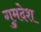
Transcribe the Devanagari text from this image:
गुमदेश